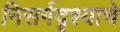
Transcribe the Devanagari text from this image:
निसर्गदृश्याचे